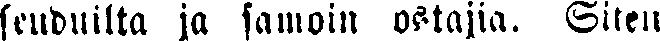
seuduilta ja samoin ostajia. Siten